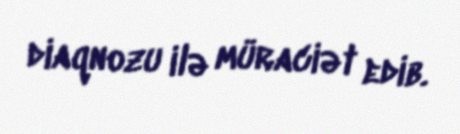
diaqnozu ilə müraciət edib.